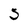
Character: 5